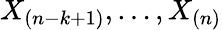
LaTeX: X_{(n-k+1)},\dots,X_{(n)}